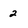
Character: 2